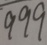
9 9 9